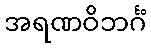
အရဏဝိဘင်္ဂံ